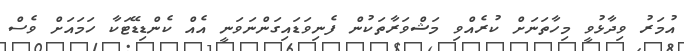
އުމަރު ވިދާޅުވީ މިހާތަނަށް ކުރެއްވި މަޝްވަރާތަކުން ފެނިވަޑައިގަންނަވަނީ އެއް ކެންޑިޑޭޓަކާ ހަމައަށް ވެސް